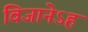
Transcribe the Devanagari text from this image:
विजानेऽहं